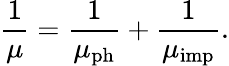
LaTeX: \frac{1}{\mu}=\frac{1}{\mu_{\mathrm{ph}}}+\frac{1}{\mu_{\mathrm{imp}}}.